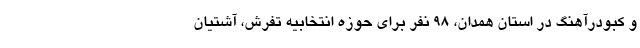
و کبودرآهنگ در استان همدان، ۹۸ نفر برای حوزه انتخابیه تفرش، آشتیان